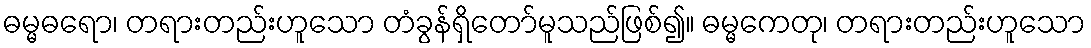
ဓမ္မဓရော၊ တရားတည်းဟူသော တံခွန်ရှိတော်မူသည်ဖြစ်၍။ ဓမ္မကေတု၊ တရားတည်းဟူသော